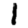
Digit: 1